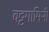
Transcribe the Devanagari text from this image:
वट्टगामिनी